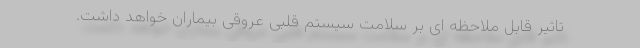
تاثیر قابل ملاحظه ای بر سلامت سیستم قلبی عروقی بیماران خواهد داشت.